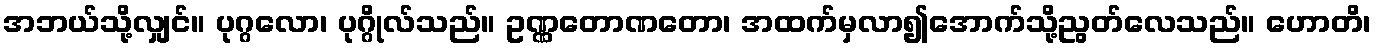
အဘယ်သို့လျှင်။ ပုဂ္ဂလော၊ ပုဂ္ဂိုလ်သည်။ ဥဏ္ဏတောဏတော၊ အထက်မှလာ၍အောက်သို့ညွတ်လေသည်။ ဟောတိ၊